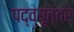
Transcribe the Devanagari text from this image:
पद्व्यूत्तर